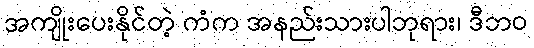
အကျိုးပေးနိုင်တဲ့ ကံက အနည်းသားပါဘုရား၊ ဒီဘဝ